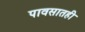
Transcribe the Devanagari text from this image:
पावसातही